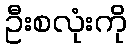
ဦးစလုံးကို